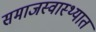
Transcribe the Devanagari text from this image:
समाजस्वास्थ्यात